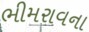
ભીમરાવના